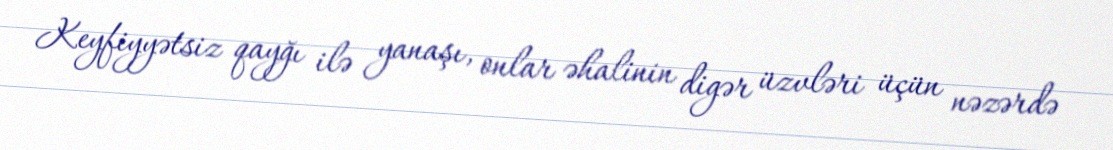
Keyfiyyətsiz qayğı ilə yanaşı, onlar əhalinin digər üzvləri üçün nəzərdə